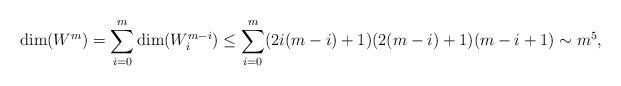
LaTeX: \begin{align*} \dim(W^m)= \sum_{i=0}^m \dim(W_i^{m-i}) \leq \sum_{i=0}^m(2i(m-i)+1)(2(m-i)+1)(m-i+1)\sim m^5, \end{align*}